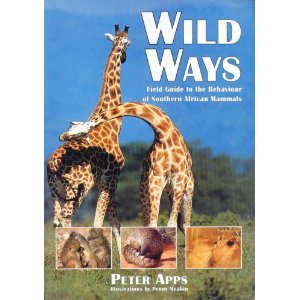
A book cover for Wild Ways: A Field Guide to Mammal Behavior in Southern Africa; Peter Apps; Sports & Outdoors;